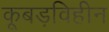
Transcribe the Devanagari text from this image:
कूबड़विहीन